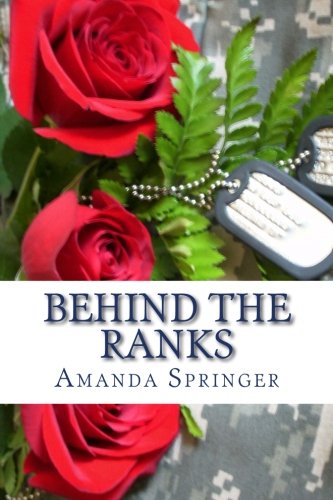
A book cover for Behind The Ranks; Amanda Springer; Parenting & Relationships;